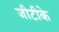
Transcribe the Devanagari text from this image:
जीटीके